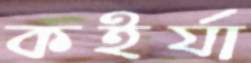
কইর্যা